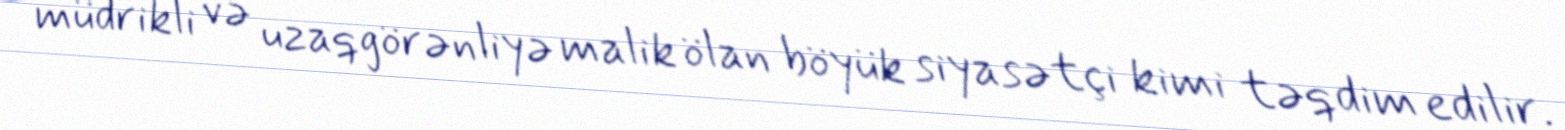
müdrikli və uzaqgörənliyə malik ölan böyük siyasətçi kimi təqdim edilir.